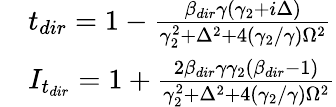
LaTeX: \begin{array}{rl}&{t_{dir}=1-\frac{\beta_{dir}\gamma(\gamma_{2}+i\Delta)}{\gamma_{2}^{2}+\Delta^{2}+4(\gamma_{2}/\gamma)\Omega^{2}}}\\ &{I_{t_{dir}}=1+\frac{2\beta_{dir}\gamma\gamma_{2}(\beta_{dir}-1)}{\gamma_{2}^{2}+\Delta^{2}+4(\gamma_{2}/\gamma)\Omega^{2}}}\end{array}